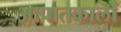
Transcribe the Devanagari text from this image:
आपातकालों